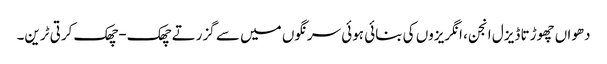
دھواں چھوڑتا ڈیزل انجن، انگریزوں کی بنائی ہوئی سرنگوں میں سے گزرتے چھک-چھک کرتی ٹرین۔